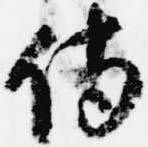
侍